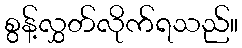
စွန့်လွှတ်လိုက်ရသည်။